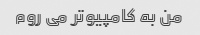
من به کامپیوتر می روم